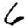
Digit: 6